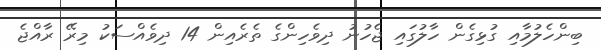
ބިންހެލުމާއި ގުޅިގެން ހާލުގައި ޖެހުނު ދިވެހިންގެ ތެރެއިން 14 ދިވެއްސަކު މިރޭ ރާއްޖެ